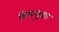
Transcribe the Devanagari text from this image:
विष्णुका